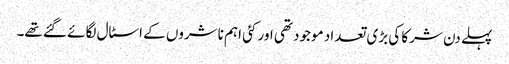
پہلے دن شرکا کی بڑی تعداد موجود تھی اور کئی اہم ناشروں کے اسٹال لگائے گئے تھے۔